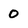
Character: 0